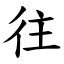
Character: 往